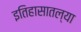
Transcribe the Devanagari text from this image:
इतिहासातल्या